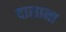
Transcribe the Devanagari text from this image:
दासाना